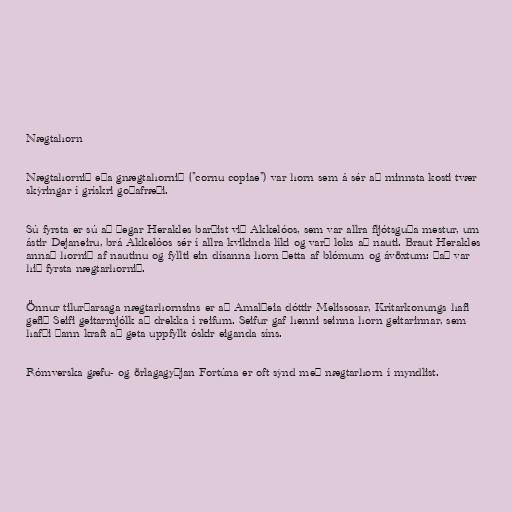
Nægtahorn

Nægtahornið eða gnægtahornið ("cornu copiae") var horn sem á sér að minnsta kosti tvær
skýringar í grískri goðafræði.

Sú fyrsta er sú að þegar Herakles barðist við Akkelóos, sem var allra fljótsguða mestur, um
ástir Dejaneiru, brá Akkelóos sér í allra kvikinda líki og varð loks að nauti. Braut Herakles
annað hornið af nautinu og fyllti ein dísanna horn þetta af blómum og ávöxtum: Það var
hið fyrsta nægtarhornið.

Önnur tilurðarsaga nægtarhornsins er að Amalþeia dóttir Melissosar, Krítarkonungs hafi
gefið Seifi geitarmjólk að drekka í reifum. Seifur gaf henni seinna horn geitarinnar, sem
hafði þann kraft að geta uppfyllt óskir eiganda síns.

Rómverska gæfu- og örlagagyðjan Fortúna er oft sýnd með nægtarhorn í myndlist.